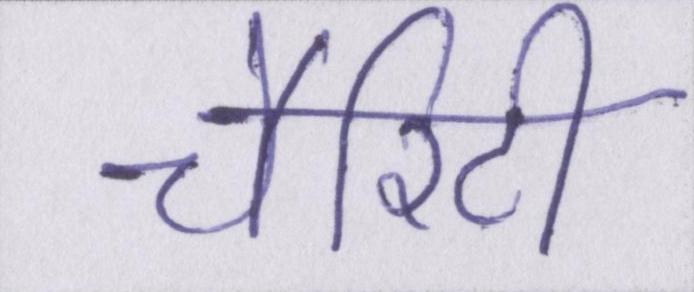
चैरिटी